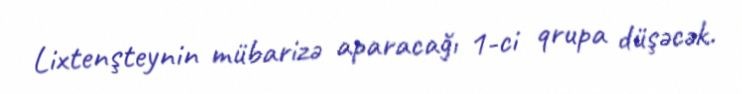
Lixtenşteynin mübarizə aparacağı 1-ci qrupa düşəcək.